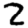
Digit: 2